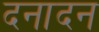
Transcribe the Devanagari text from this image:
दनादन